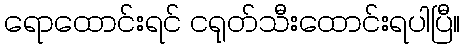
ရောထောင်းရင် ငရုတ်သီးထောင်းရပါပြီ။